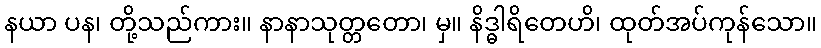
နယာ ပန၊ တို့သည်ကား။ နာနာသုတ္တတော၊ မှ။ နိဒ္ဓါရိတေဟိ၊ ထုတ်အပ်ကုန်သော။